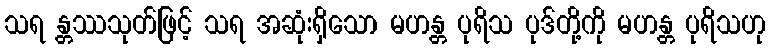
သရ န္တဿသုတ်ဖြင့် သရ အဆုံးရှိသော မဟန္တ ပုရိသ ပုဒ်တို့ကို မဟန္တ ပုရိသဟု